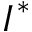
I ^ { * }